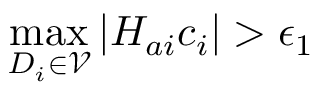
\operatorname* { m a x } _ { D _ { i } \in \mathcal { V } } | H _ { a i } c _ { i } | > \epsilon _ { 1 }